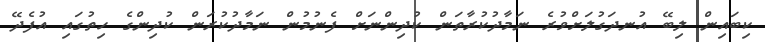
ކިބައިން ލިބޭ އުނދަގުލަށްވުރެ ނަމާދުކުރާތަން ކުދިންނަށް ފެނުމުން ނަމާދުކުރަން ކުދިންގެ ހިތުގައި އުފެދޭ